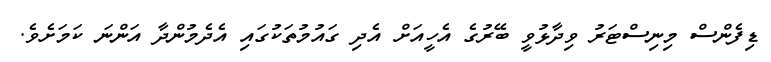
ޑިފެންސް މިނިސްޓަރު ވިދާޅުވީ ބޭރުގެ އެހީއަށް އެދި ގައުމުތަކުގައި އެދެމުންދާ އަންނަ ކަމަށެވެ.